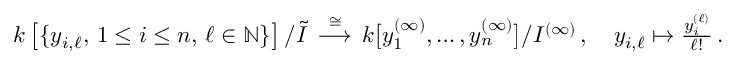
\begin{array} { r } { k \left[ \{ y _ { i , \ell } , \, 1 \leq i \leq n , \, \ell \in \mathbb { N } \} \right] / \Tilde { I } \, \stackrel { \cong } { \longrightarrow } \, k \big [ y _ { 1 } ^ { ( \infty ) } , \ldots , y _ { n } ^ { ( \infty ) } \big ] / I ^ { ( \infty ) } \, , \quad y _ { i , \ell } \mapsto \frac { y _ { i } ^ { ( \ell ) } } { \ell ! } \, . } \end{array}